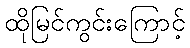
ထိုမြင်ကွင်းကြောင့်